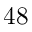
4 8